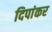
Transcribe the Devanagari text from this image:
दिपांकर